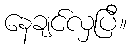
နေချင်လှပြီ။